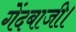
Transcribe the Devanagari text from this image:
गेंदबाजी।